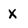
Character: X